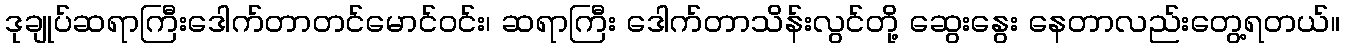
ဒုချုပ်ဆရာကြီးဒေါက်တာတင်မောင်ဝင်း၊ ဆရာကြီး ဒေါက်တာသိန်းလွင်တို့ ဆွေးနွေး နေတာလည်းတွေ့ရတယ်။